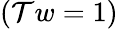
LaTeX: (\mathcal{T}w=1)